Vaccination in Bombay 1889-1901 - 1889-1901
Year: 1889
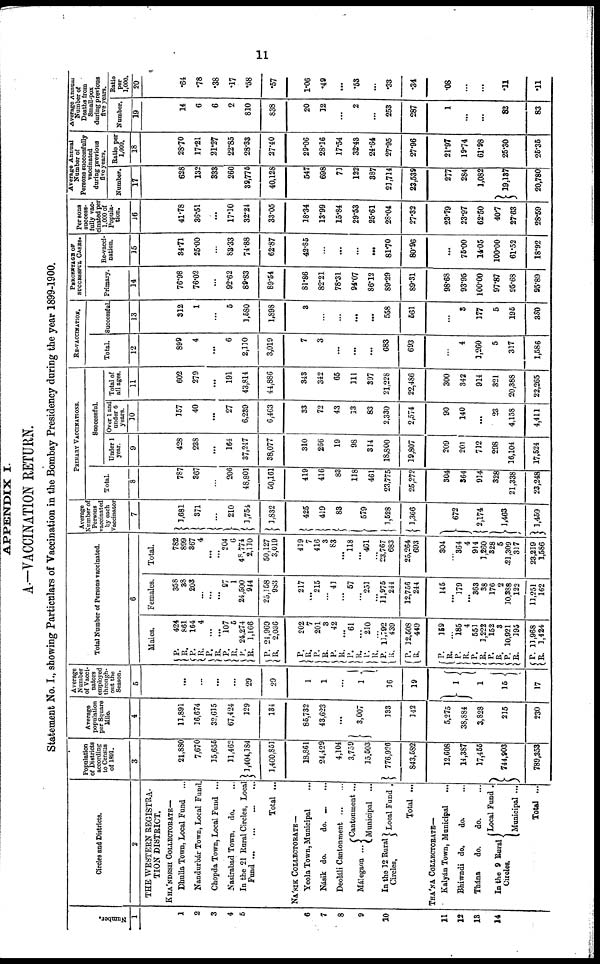
11
APPENDIX I.
A.—VACCINATION RETURN.
Statement No. I., showing Particulars of Vaccination in the Bombay Presidency during the year 1899-1900.
Number.
1
1
2
3
4
5
6
7
8
9
10
11
12
13
14
Circles and Districts.
2
THE WESTERN REGISTRA-
TION DISTRICT.
KHÁNDESH COLLECTORATE—
Dhulia Town, Local Fund ...
Nandurbár Town, Local Fund.
Chopda Town, Local Fund ...
Nasirabad Town, do. ...
In the 21 Rural Circles, Local
Fund ...
... ... ...
Total ...
NÁSIK COLLECTORATE—
Yeola Town, Municipal ...
Násik do.
do. ... ...
Deoláli Cantonment
...
...
Málegaon ...
In the 12 Rural
Circles.
Cantonment ...
Municipal...
Local Fund .
Total ...
THÁNA COLLECTORATE—
Kalyán Town, Municipal ...
Bhiwndi do.
do. ...
Thána
do.
do. ...
In the 9 Rural
Circles.
Local Fund .
Municipal ...
Total ...
Population
of Districts
according
to Census
of 1891.
3
21,880
7,670
15,655
11,462
1,404,184
l,460,851
18,861
24,429
4,104
3,759
15,503
776,926
843,582
12,608
14,387
17,455
744,903
789,353
Average
population
per Square
Mile.
4
11,891
16,674
32,615
67,424
129
134
86,732
43,623
...
3,007
133
142
5,275
38,884
3,828
215
230
Average
Number
of Vacci¬
nators
employed
through-
out the
Season.
5
...
...
...
...
29
29
1
1
...
1
16
19
1 1
15
17
Total Number of Persons vaccinated.
6
Males.
P. R.
P.
R.
P.
R.
P.
R. P.
R.
P.
R.
P.
R.
P.
R.
P.
R.
P.
R.
P.
R.
P. R.
P.
R.
P.
R.
P.
R. P.
R. P.
R. P.
R.
P.
R.
424
861
164
4
...
...
107
5
24,274
1,166
24,969
2,036
202
7
201
3
42
... 61
... 210
... 11,792
439
12,508
449
159
...
185
4
551
1,222
152
3
10,921
195
11,968
1,424
Females.
358
38
203
...
...
... 97
1
24,500
944
25,158
983
217
...
215
...
41
...
57
... 251
...
11,975
244
12,756
244
145
... 179
... 363
38
176
2
10,388
122
11,251
162
Total.
782
899
367
4
...
... 204
6
48,774
2,110
50,127
3,019
419
7
416
3
83
... 118
...
461
...
23,767
683
25,264
693
304
... 364
4
914
1,260
328
5
21,309
317
23,219
1,586
Average
Number of
Persons
vaccinated
by each
Vaccinator
7
1,681
371
...
210
1,754
1,832
425
419
83
579
1,528
1,366
672
2,174
1,463
1,459
PRIMARY VACCINATIONS.
Total.
8
787
367
...
206
48,801
50,161
419
416
83
118
461
23,775
25,272
304
364
914
328
21,338
23,248
Successful.
Under 1
year.
9
428
238
...
164
37,247
38,077
310
266
19
98
314
18,800
19,807
209
201
712
298
16,104
17,524
Over 1 and
under 6
years.
10
157
40
...
27
6,239
6,463
33
72
43
13
83
2,330
2,574
90
140
...
23
4,158
4,411
Total of
all ages.
11
602
279
...
191
43,814
44,886
343
342
65
111
397
21,228
22,486
300
342
914
321
20,388
22,265
RE-VACCINATION.
Total.
12
899
4
...
6
2,110
3,019
7
3
...
...
...
683
693
...
4
1,260
5
317
1,586
Successful.
13
312
1
...
5
1,580
1,898
3
...
...
...
...
558
561
...
3
177
5
195
380
PERCENTAGE OF
SUCCESSFUL CASES.
Primary.
14
76.98
76.02
...
92.62
89.83
89.54
81.86
82.21
78.31
94.07
86.12
89.29
89.31
98.68
93.95
100.00
97.87
95.68
95.89
Re-vacci-
nation.
15
34.71
25.00
...
83.33
74.88
62.87
42.85
...
...
...
...
81.70
80.96
...
75.00
14.05
100.00
61.52
18.92
Persons
success-
fully vac-
cinated per
1,000 of
Popula-
tion.
16
41.78
36.51
...
17.10
32.24
33.05
18.34
13.99
15.84
29.53
25.61
28.04
27.32
23.79
23.97
62.50
40.7
27.63
28.59
Average Annual
Number of
Persons successfully
vaccinated
during previous
five years.
Number.
17
628
132
333
260
39,775
40,128
547
698
71
122
387
21,714
23,539
277
284
1,082
19,137
20,780
Ratio per
1,000.
18
28.70
17.21
21.27
22.85
28.33
27.40
29.06
28.16
17.54
32.43
24.64
27.95
27.96
21.97
19.74
61.98
25.30
25.35
Average Annual
Number of
Deaths from
Small-pox
during previous
five years.
Number.
19
14
6
6
2
810
838
20
12
...
2
...
253
287
1
...
...
82
83
Ratio
per
1,000.
20
.64
.78
.38
.17
.58
.57
1.06
.49
...
.53
...
.33
.34
.08
...
...
.11
.11